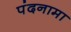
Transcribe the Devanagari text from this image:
पंदनामा